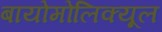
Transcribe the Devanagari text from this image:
बायोमोलिक्यूल